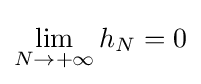
\lim _{N\to +\infty }h_{N}=0